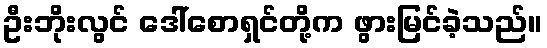
ဦးဘိုးလွင် ဒေါ်စောရှင်တို့က ဖွားမြင်ခဲ့သည်။